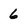
Character: 6